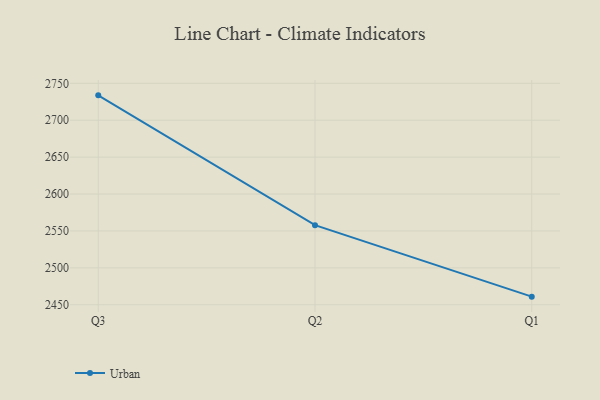
{"axis": {"x": "Quarter", "y": "Population (Million)"}, "legend": ["Urban"], "data": [{"x": "Q3", "y": 2733.7, "type": "Urban"}, {"x": "Q2", "y": 2557.8, "type": "Urban"}, {"x": "Q1", "y": 2461.0, "type": "Urban"}]}